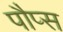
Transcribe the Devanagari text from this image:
पौप्स